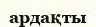
ардақты